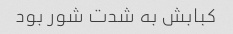
کبابش به شدت شور بود